Report on the working of the Ranchi Indian Mental Hospital, Kanke, in Bihar and Orissa - 1930-1940
Year: 1930
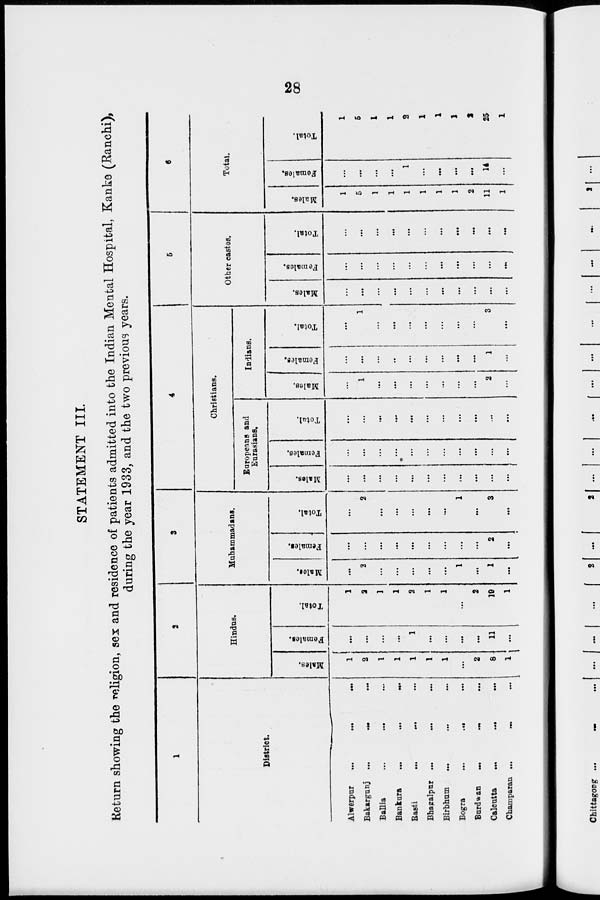
28
STATEMENT III.
Return showing the religion, sex and residence of patients admitted into the Indian Mental Hospital, Kanke (Ranchi),
during the year 1933, and the two previous years.
1
District.
Alwerpur
...
...
...
Bakargunj ...
... ...
Ballia
...
... ...
Bankura
...
...
...
Basti
...
... ...
Bhagalpur
...
...
...
Birbhum
...
... ...
Bogra
...
...
...
Burdwan
...
... ...
Calcutta
...
... ...
Champaran ...
... ...
2
Hindus.
Males.
1
2
1
1
1
1
1
...
2
8
1
Females.
...
...
...
...
1
...
...
...
...
11
...
Total.
1
2
1
1
2
1
1
...
2
19
1
3
Muhammadans.
Males.
...
2
...
...
...
...
...
1
...
1
...
Females.
...
...
...
...
...
...
...
...
...
2
...
Total.
...
2
...
...
...
...
...
1
...
3
...
4
Christians.
Europeans and
Eurasians.
Males.
...
...
...
...
...
...
...
...
...
...
...
Females.
...
...
...
...
...
...
...
...
...
...
. . .
Total.
...
...
...
...
...
...
...
...
...
...
...
Indians.
Males.
...
1
...
...
...
...
...
...
...
2
...
Females.
...
...
...
...
...
...
...
...
...
1
...
Total.
...
1
...
...
...
...
...
...
...
3
...
5
Other castes.
Males.
...
...
...
...
...
...
...
...
...
...
...
Females.
...
...
...
...
...
...
...
...
...
...
...
Total.
...
...
...
...
...
...
...
...
...
...
...
6
Total.
Males.
1
5
1
1
1
1
1
1
2
11
1
Females.
...
...
...
...
1
...
...
...
...
14
...
Total.
1
5
1
1
2
1
1
1
2
25
1